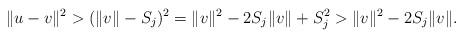
LaTeX: \begin{align*}\|u-v\|^2 > (\|v\|-S_j)^2=\|v\|^2-2S_j\|v\|+S_j^2>\|v\|^2-2S_j\|v\| . \end{align*}